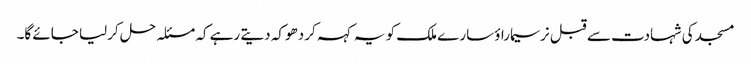
مسجد کی شہادت سے قبل نرسیماراؤ سارے ملک کو یہ کہہ کر دھوکہ دیتے رہے کہ مسئلہ حل کرلیا جائے گا۔